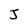
Character: J